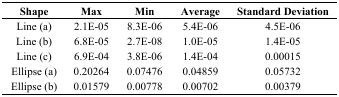
| Shape | Max | Min | Average | Standard Deviation |
 | --- | --- | --- | --- | --- |
 | Line (a) | 2.1E-05 | 8.3E-06 | 5.4E-06 | 4.5E-06 |
 | Line (b) | 6.8E-05 | 2.7E-08 | 1.0E-05 | 1.4E-05 |
 | Line (c) | 6.9E-04 | 3.8E-06 | 1.4E-04 | 0.00015 |
 | Ellipse (a) | 0.20264 | 0.07476 | 0.04859 | 0.05732 |
 | Ellipse (b) | 0.01579 | 0.00778 | 0.00702 | 0.00379 |